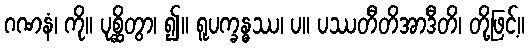
ဂဏနံ၊ ကို။ ပုစ္ဆိတွာ၊ ၍။ ရူပက္ခန္ဓဿ၊ ပ။ ပဿတီတိအာဒီတိ၊ တို့ဖြင့်။